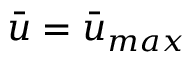
\Bar { u } = \Bar { u } _ { m a x }